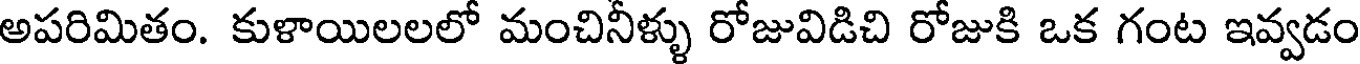
అపరిమితం. కుళాయిలలలో మంచినీళ్ళు రోజువిడిచి రోజుకి ఒక గంట ఇవ్వడం